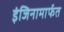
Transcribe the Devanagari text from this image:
इंजिनामार्फत